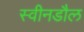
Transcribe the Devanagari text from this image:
स्वीनडौल